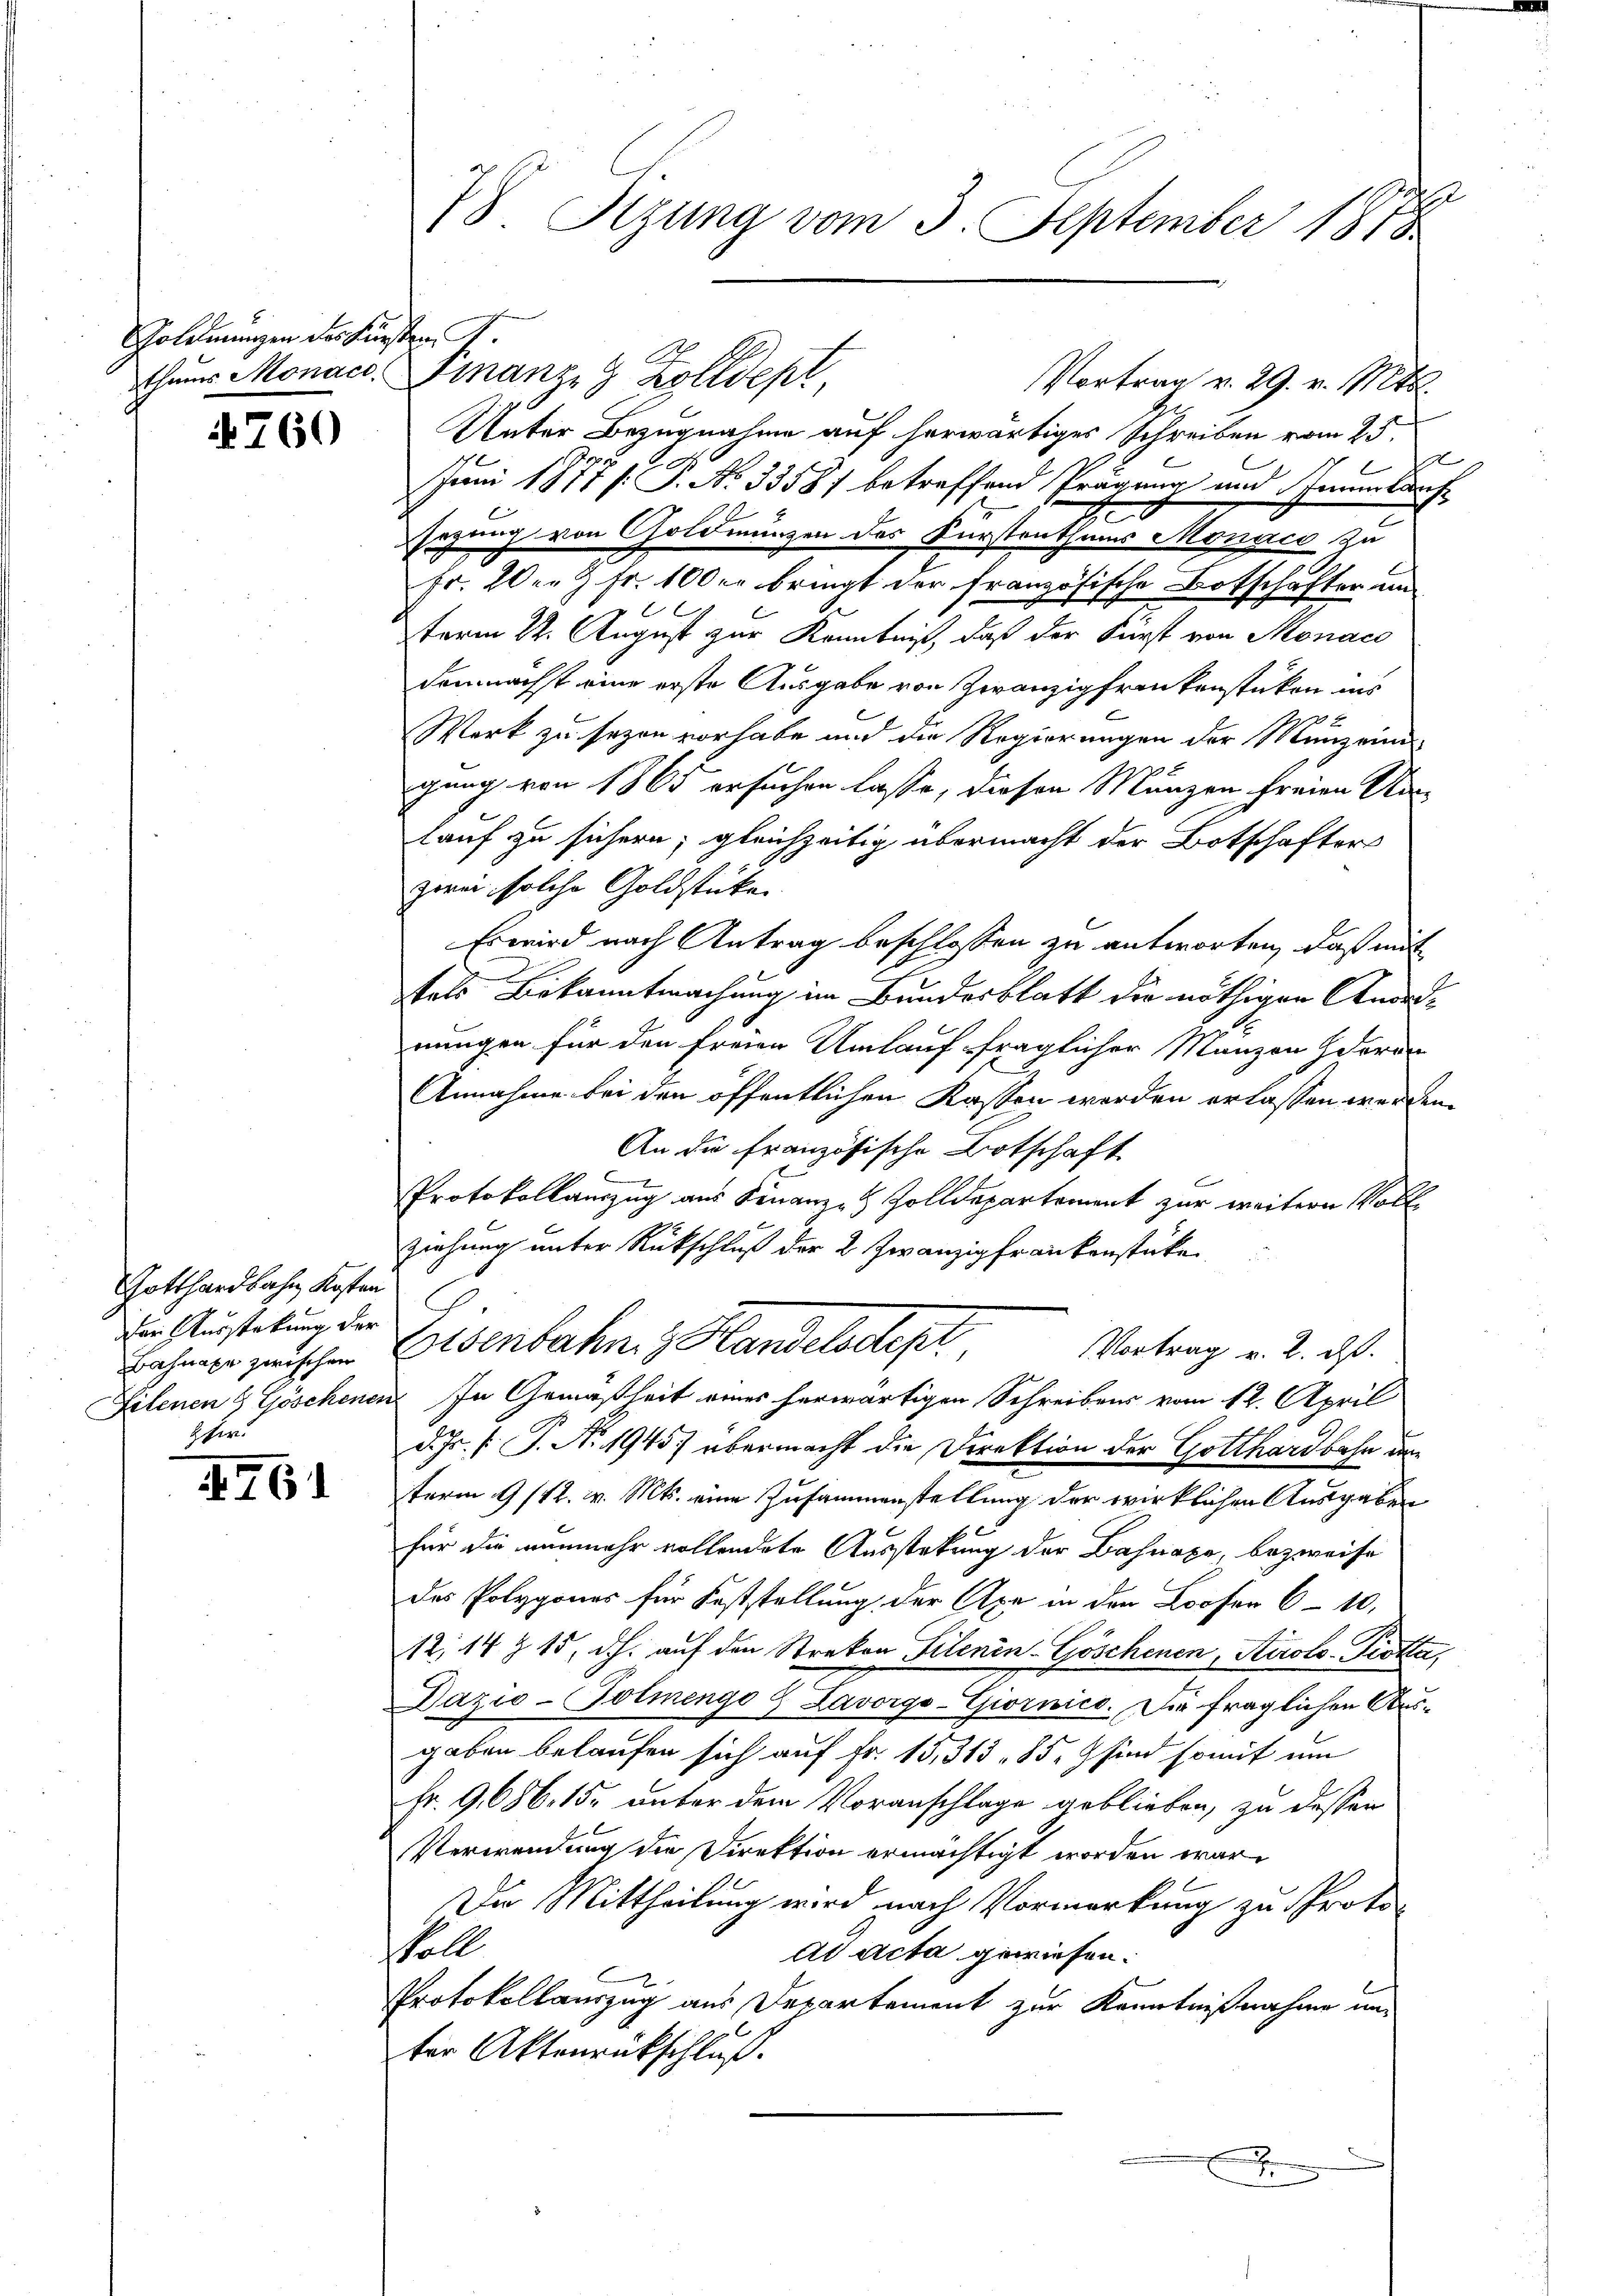
Goldmungen des Fürsten,
thaus Monac

760

Gotthardbahn Kosten
er Ausstekung der
Bahnaxe zwischen
Filenen 8 Göschenen
Heer.

4461

t
78 Sizung vom 3. September 1818

Unter Bezugnahme auf herwärtiges Schreiben vom 25.
1
e
Juni 1877 /: P. No. 33587 betreffend Prägung und Scheinlauf
segung von Goldmünzen des Fürstenthums Monaco zu
Fr. 20. Z. Fr. 100 er bringt der französische Botschafter im
term 22. August zur Kenntniß, daß der Fürst von Monac
demnächst eine erste Ausgabe von Zwanzigfrankenstücken ins

Werk zu sezen vorhabe und die Regierungen der Manzei
gung von 1865 ersuchen lasse, diesen Münzen freien An
lauf zu sichern; gleichzeitig übermacht der Botschafter
zwei solche Goldstücken
Es wird nach Antrag beschlossen zu antworten, daß mit
tels Bekanntmachung im Bundesblatt die nöthigen Anordnungen für den freien Umlauf fraglicher Manzen deren
Annahme bei den öffentlichen Kassen worden erlassen werden.
An die Französische Botschaft
Protokollauszug aus Finanz- Zolldepartement zur weitern Voll¬
Ziehung unter Rückschluß der 2. Zwanzig frankenstücke
Eisenbahn, z. Handelsdept
Vortrag v. 2. d.
In Gemäßheit eines herwärtigen Schreibens vom 12. April
d. Js. f. P. Nr. 1945 übermacht die Direktion der Gotthardbahn um
term 9/12. v. Mts. eine Zusammenstellung der wirklichen Ausgaben
für die nunmehr vollendete Ausstekung der Bahnapa, bezweife
das Polygones für Feststellung der Axe in den Loofer 6 - 10.
12, 14 Z 15, dh. auf den Streken Silenin-Göschenen, Airolo-Piotta,
Dazio-Golmenge & Lavorgo-Giornico. Die fraglichen Ausgaben belaufen sich auf Fr. 15, 313, 85, sind somit um
Fr. 9686. 15. unter dem Voranschlage geblieben, zu desser
Verwendung die Direktion ermächtigt worden wäre
Da Mittheilung wird nach Vormerkung zu Protosoll
ad acta gewiesen.
Protokollauszug aus Departement zur Kenntnißnahme un
ter Aktenrückschluß.

Finanzig Kolldept

Vortrag v. 29. v. Mts.

e

1